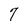
Character: 7